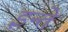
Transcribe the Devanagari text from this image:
इन्ते